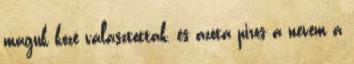
maguk közé választottak, és azóta piros a nevem a